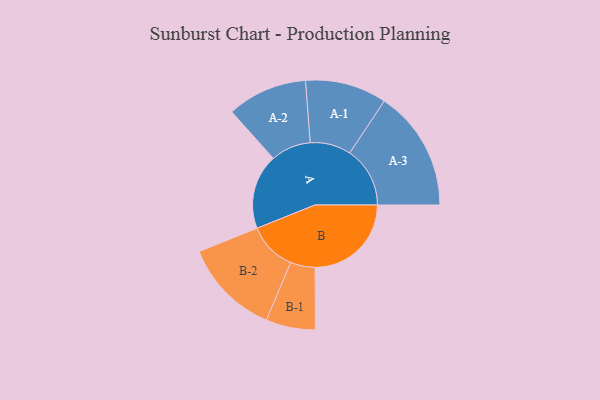
{"axis": {"x": "Segment", "y": "Value"}, "legend": ["", "A", "B"], "data": [{"x": "A", "y": 322, "type": ""}, {"x": "B", "y": 413, "type": ""}, {"x": "A-1", "y": 175, "type": "A"}, {"x": "A-2", "y": 172, "type": "A"}, {"x": "A-3", "y": 259, "type": "A"}, {"x": "B-1", "y": 106, "type": "B"}, {"x": "B-2", "y": 208, "type": "B"}]}